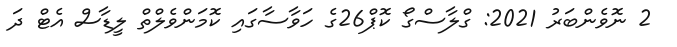
2 ނޮވެންބަރު 2021: ގްލާސްގޯ ކޮޕް26ގެ ހަވާސާގައި ކޮމަންވެލްތް ލީޑާސް އެޓް ދަ